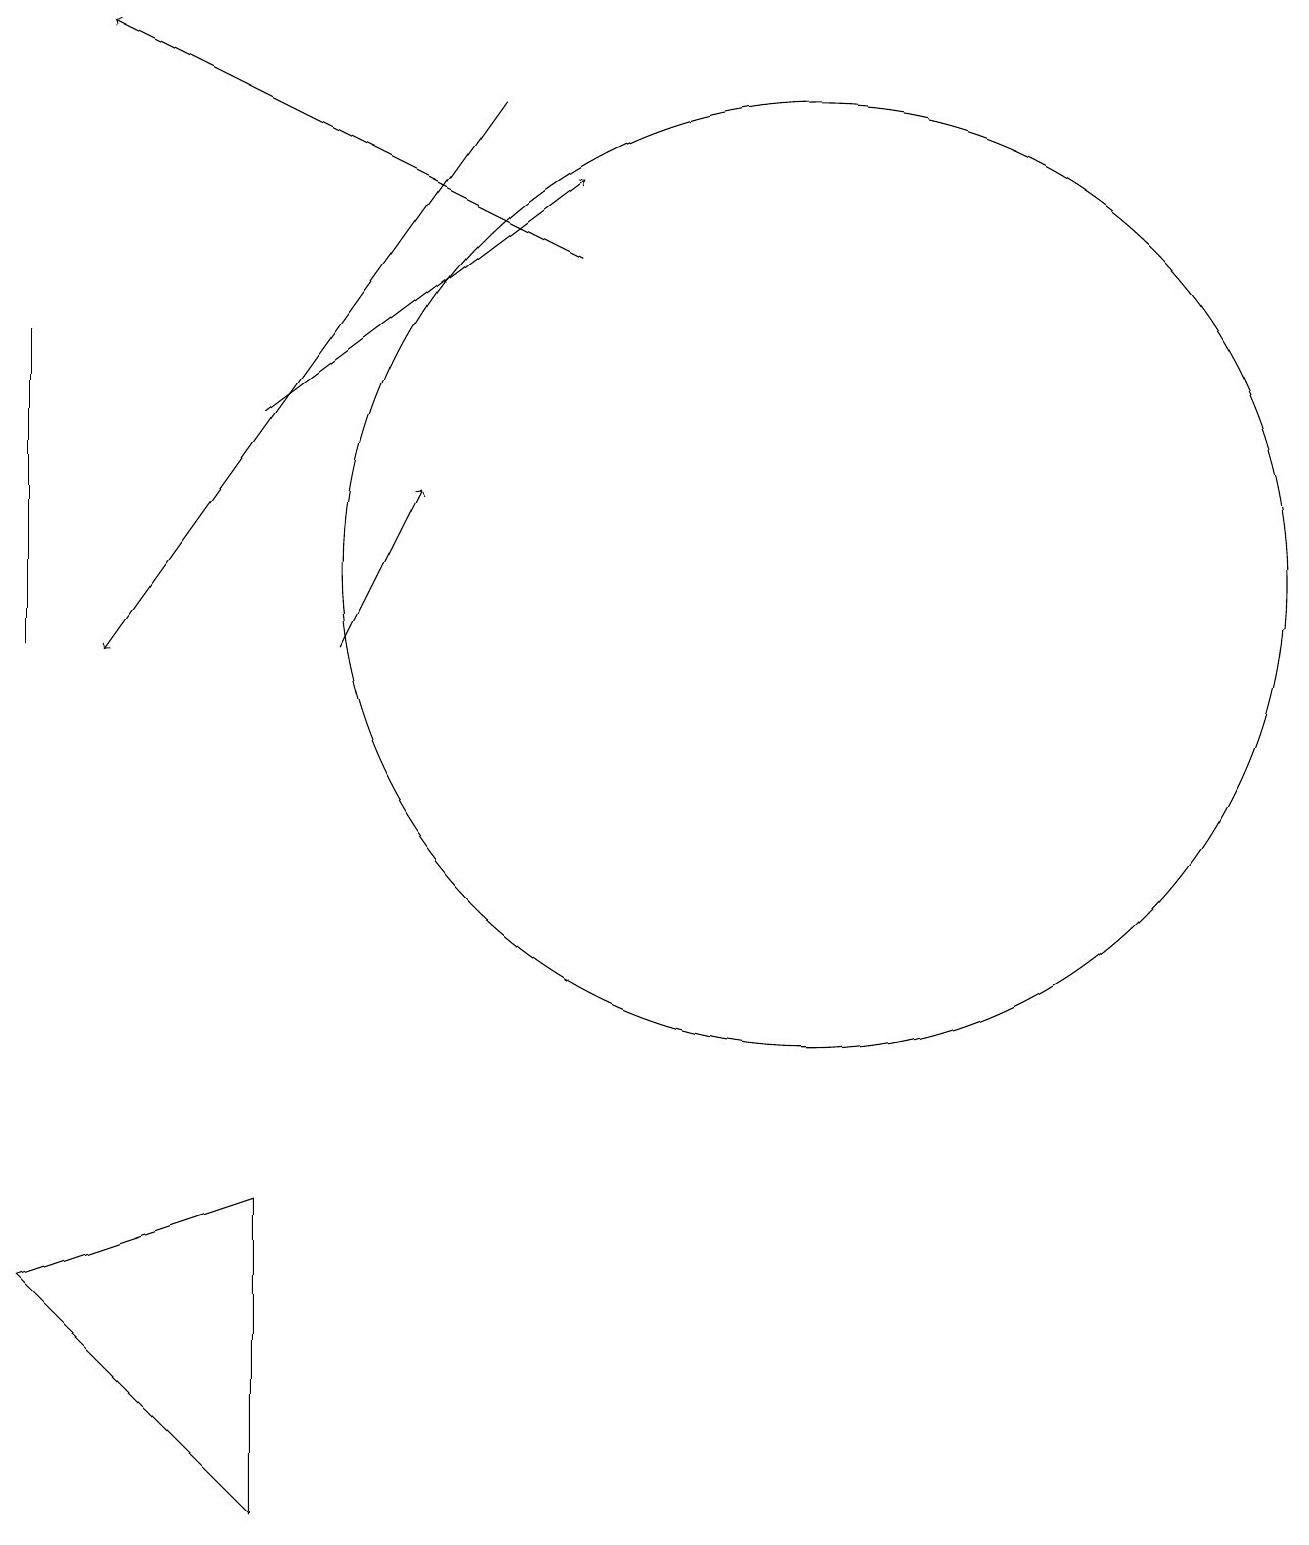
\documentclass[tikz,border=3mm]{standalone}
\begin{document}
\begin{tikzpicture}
\draw[->] (3,14) -- (7,17);
\draw (0,15) rectangle (0,11);
\draw (10,12) circle (6);
\draw[->] (6,18) -- (1,11);
\draw[->] (4,11) -- (5,13);
\draw (3,4) -- (0,3) -- (3,0) -- cycle;
\draw[->] (7,16) -- (1,19);
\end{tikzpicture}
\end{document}